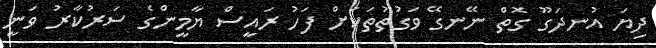
ދިޔަ އުނދަގޫ ގޮތް ނޭނގޭ ވަގުތުތަކަށް ފަހު ރައީސް ޔާމީންގެ ސަރުކާރު ވަނީ